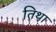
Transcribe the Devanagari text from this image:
तिथा